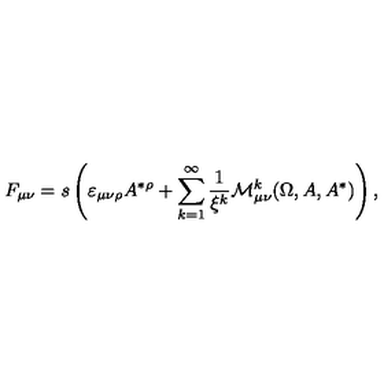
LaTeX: F _ { \mu \nu } = s \left( \varepsilon _ { \mu \nu \rho } A ^ { * \rho } + \sum _ { k = 1 } ^ { \infty } \frac 1 { \xi ^ { k } } \mathcal { M } _ { \mu \nu } ^ { k } ( \Omega , A , A ^ { * } ) \right) ,